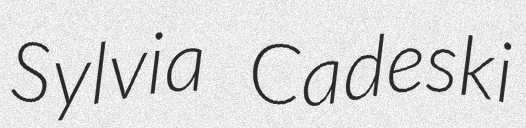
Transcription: Sylvia Cadeski